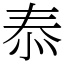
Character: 㤗